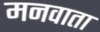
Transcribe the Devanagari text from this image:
मनवाता